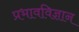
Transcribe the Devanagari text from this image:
प्रभावविज्ञान